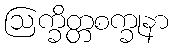
ဩက္ခိတ္တစက္ခုနာ